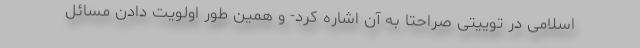
اسلامی در توییتی صراحتا به آن اشاره کرد- و همین طور اولویت دادن مسائل